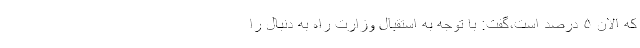
که الان ۵ درصد است،‌گفت: با توجه به استقبال وزارت راه به دنبال را